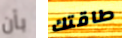
بأن طاقتك